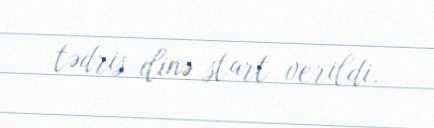
tədris ilinə start verildi.